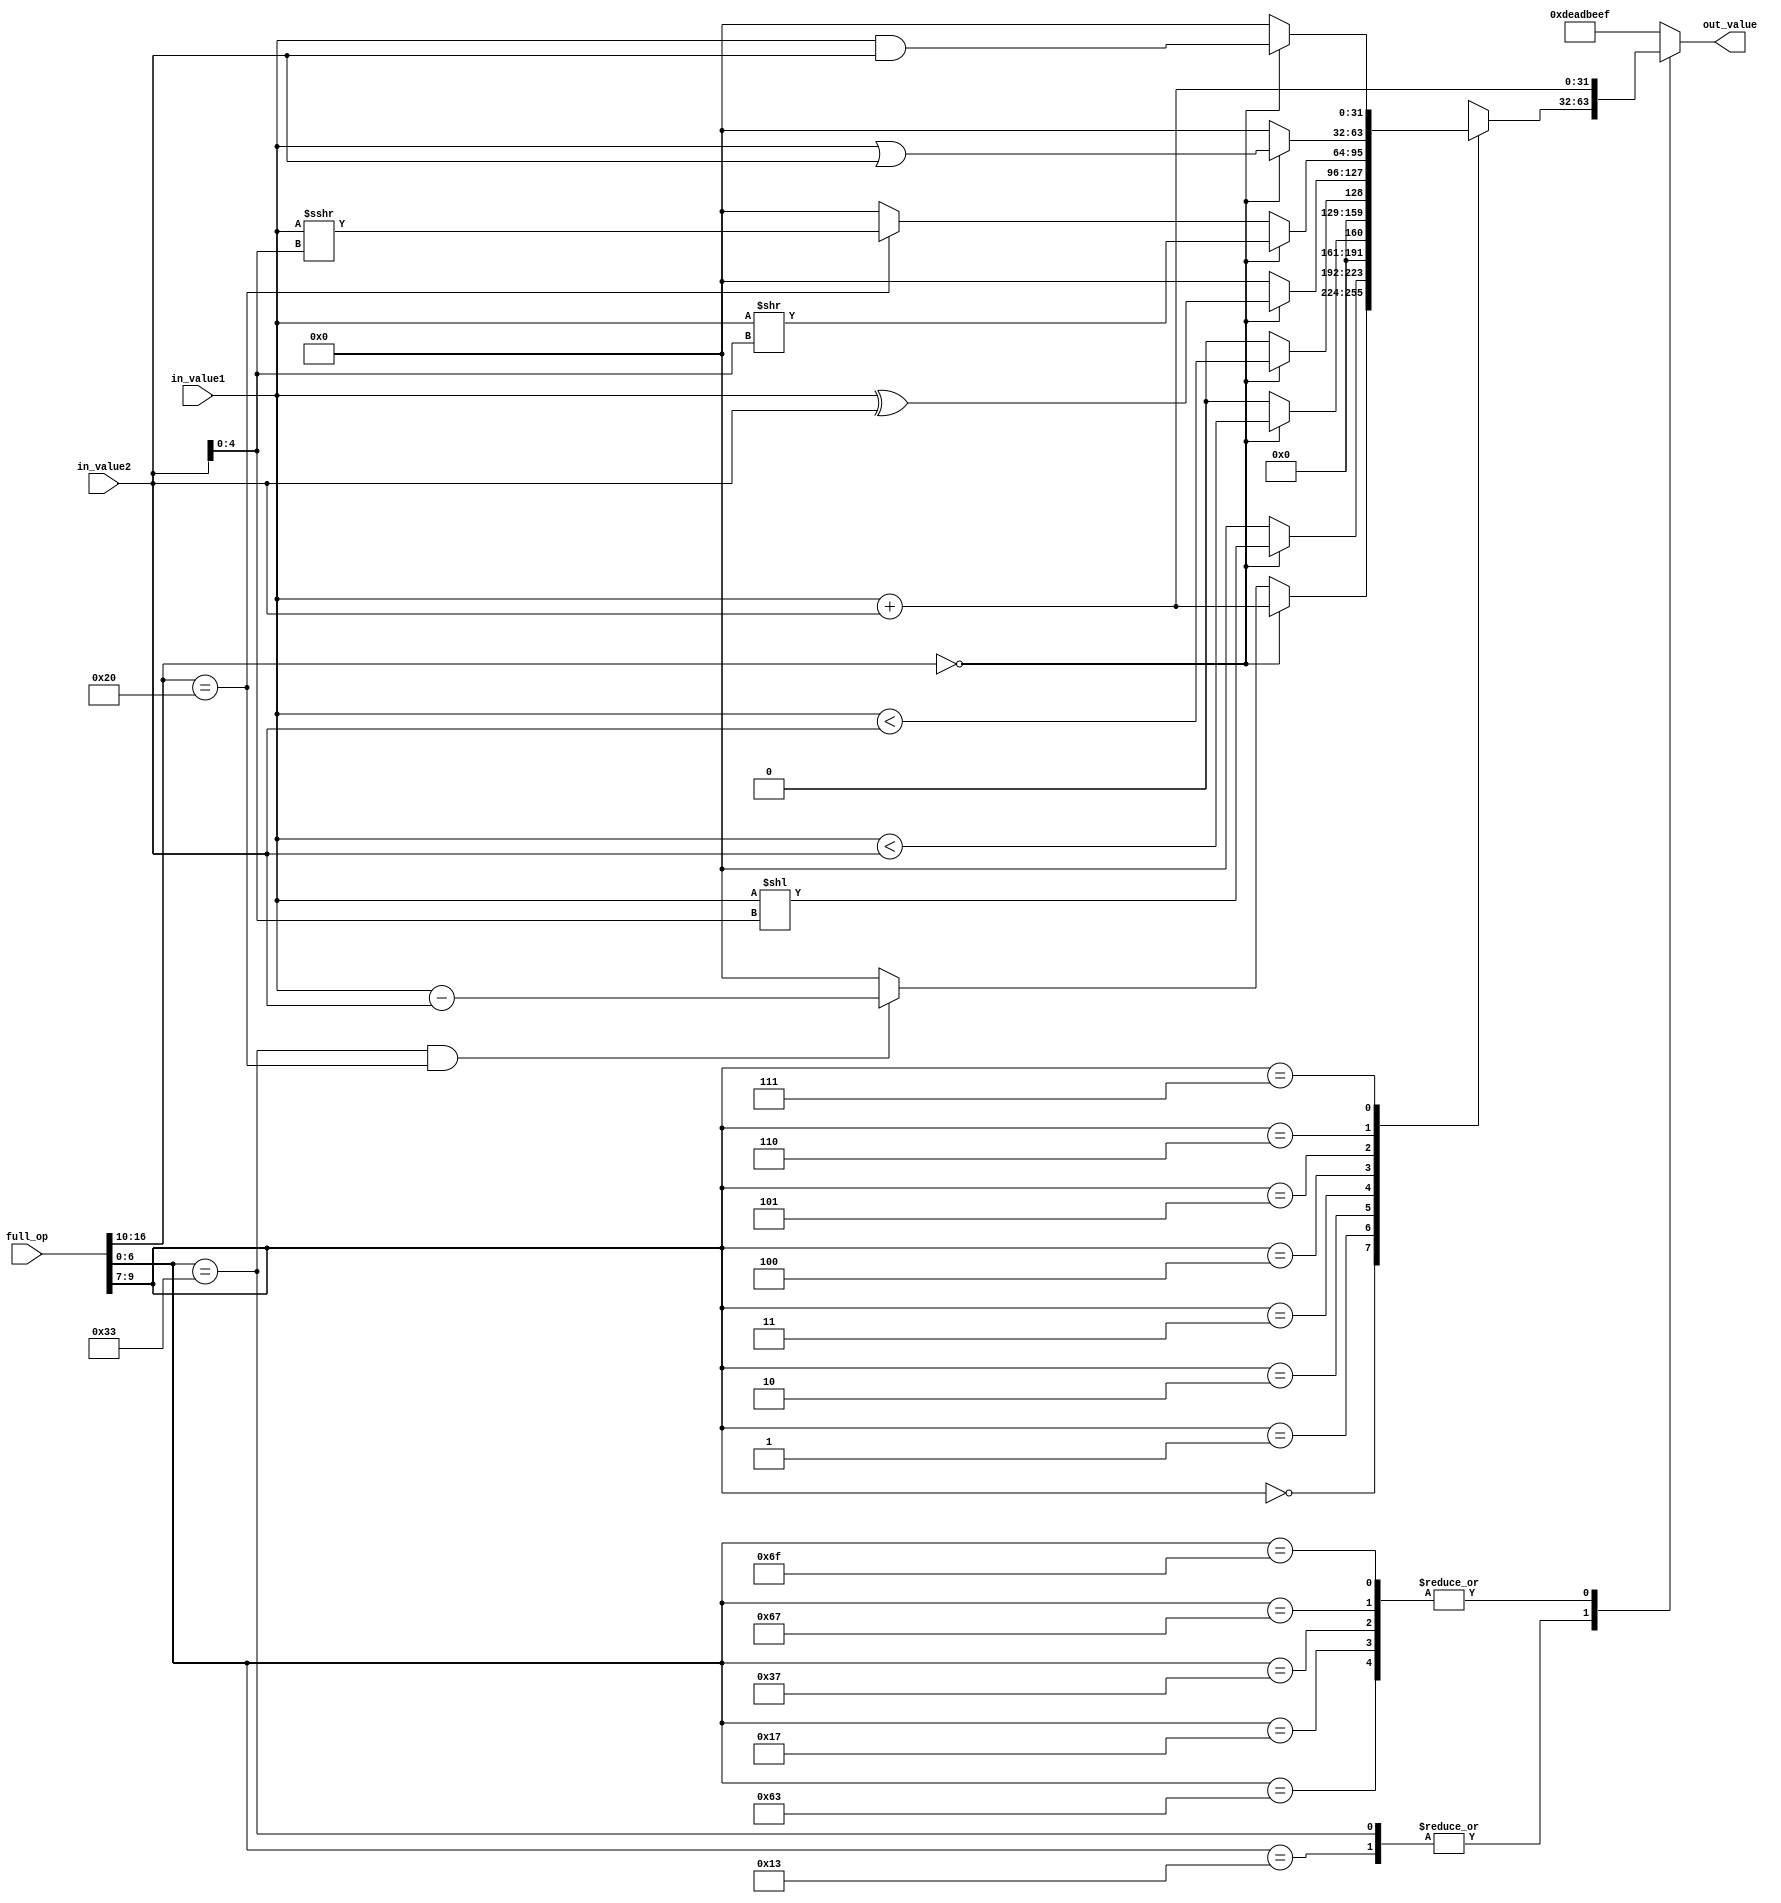
`timescale 1ns / 1ps

module alu(
    input [16:0] full_op,
    input [31:0] in_value1,
    input [31:0] in_value2,
    output reg [31:0] out_value
    );
    
    always @(*) begin
        out_value = 32'b0;
        case(full_op[6:0])
            7'b0110011, // rv32i r-type arithmetic
            7'b0010011: // rv32i i-type arithmetic
                case(full_op[9:7])
                    3'b000: // add, sub, addi
                        if(full_op[16:10]==7'b0000000) out_value = in_value1 + in_value2;
                        else if(full_op[6:0]==7'b0110011 && full_op[16:10]==7'b0100000) out_value = in_value1 - in_value2;
                    3'b001: // sll, slli
                        if(full_op[16:10]==7'b0000000) out_value = in_value1 << in_value2[4:0];
                    3'b010: //slt, slti
                        if(full_op[16:10]==7'b0000000) out_value = $signed(in_value1) < $signed(in_value2);
                    3'b011: //sltu, sltiu
                        if(full_op[16:10]==7'b0000000) out_value = in_value1 < in_value2;
                    3'b100: // xor, xori
                        if(full_op[16:10]==7'b0000000) out_value = in_value1 ^ in_value2;
                    3'b101: // srl, sra, srli, srai
                        if(full_op[16:10]==7'b0000000) out_value = in_value1 >> in_value2[4:0];
                        else if(full_op[16:10]==7'b0100000) out_value = $signed(in_value1) >>> in_value2[4:0];
                    3'b110: // or, ori
                        if(full_op[16:10]==7'b0000000) out_value = in_value1 | in_value2;
                    3'b111: // and, andi
                        if(full_op[16:10]==7'b0000000) out_value = in_value1 & in_value2;
                endcase
            7'b1101111, // rv32i j-type jal
            7'b1100111, // rv32i i-type jalr
            7'b0110111, // rv32i u-type lui
            7'b0010111, // rv32i u-type auipc
            7'b1100011: begin // rv32i b-type branch
                out_value = in_value1 + in_value2;
            end

            default:
                out_value = 32'hdeadbeef;
        endcase
    end
endmodule